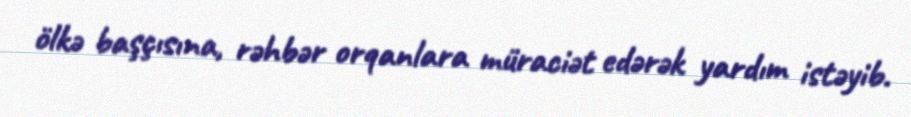
ölkə başçısına, rəhbər orqanlara müraciət edərək yardım istəyib.